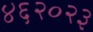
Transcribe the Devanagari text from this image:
४६२०२३